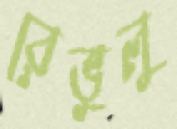
রেভুলু